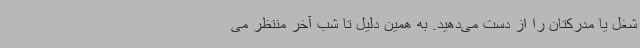
شغل یا مدرکتان را از دست می‌دهید. به همین دلیل تا شب آخر منتظر می